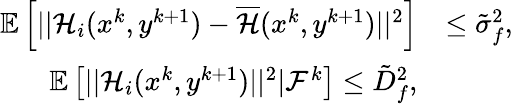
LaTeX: \begin{array}{rl}{\mathbb{E}\left[||\mathcal{H}_{i}(x^{k},y^{k+1})-\overline{{\mathcal{H}}}(x^{k},y^{k+1})||^{2}\right]}&{\leq\tilde{\sigma}_{f}^{2},}\\ {\mathbb{E}\left[||\mathcal{H}_{i}(x^{k},y^{k+1})||^{2}|\mathcal{F}^{k}\right]\leq\tilde{D}_{f}^{2},}\end{array}